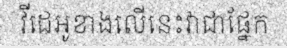
វីដេអូខាងលើនេះវាជាផ្នែក